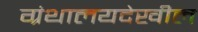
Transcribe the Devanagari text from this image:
ग्रंथालयदेखील